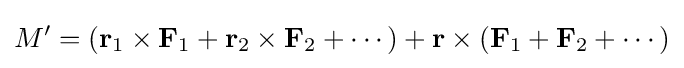
M'=\left(\mathbf {r} _{1}\times \mathbf {F} _{1}+\mathbf {r} _{2}\times \mathbf {F} _{2}+\cdots \right)+\mathbf {r} \times \left(\mathbf {F} _{1}+\mathbf {F} _{2}+\cdots \right)